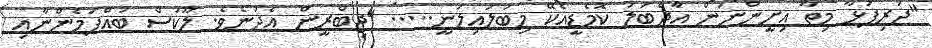
"ދަރިފުޅާ މިތާ އިށީންނަން އާދެބަލަ ކޮމެޑީއެކޭ މިބަލައިލަނީ..... "ޖިބްރީން އެދުނެވެ. ލޫކަސް ބައްޕަމެންނާއި